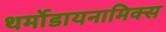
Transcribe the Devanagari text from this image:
थर्मोडायनामिक्‍स